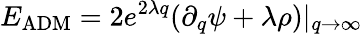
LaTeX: E_{\mathrm{ADM}}=2e^{2\lambda q}(\partial_{q}\psi+\lambda\rho)|_{q\to\infty}